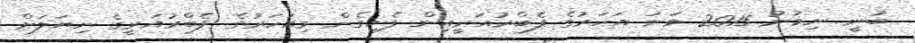
ބުނީ ނިމުނު 2015 ވަނަ އަހަރުގެ ފެބްރުއަރީއިން ފެށިގެން މިއަހަރުގެ ފެބްރުއަރީގެ ނިޔަލަށް